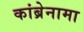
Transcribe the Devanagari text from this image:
कांब्रेनामा